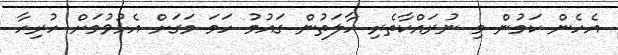
އެހެން ކަމުން މި ނުރައްކާތެރި ހާލަތުން ގައުމު ހަމަ މަގަށް އެޅުވުމަށް ހުރިހާ